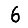
Digit: 6